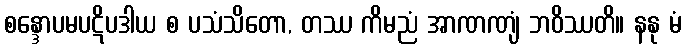
စန္ဒောပမပဋိပဒါယ စ ပသံသိတော, တဿ ကိမညံ အာဏဏျံ ဘဝိဿတိ။ နနု မံ